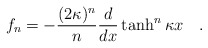
\begin{align*}f_n = - {(2 \kappa)^n \over n} {d \over dx} \tanh^n \kappa x~~~.\end{align*}